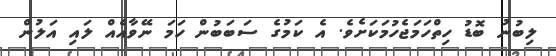
ލިބުނު ބޮޑު ހިތްހަމަޖެހުމަކަށެވެ. އެ ކަމުގެ ސަބަބުން ހަމަ ނޭވާއެއް ލައި އަލުން